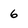
Character: 6